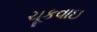
ચૂકવાઇ